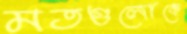
মতগুলোকে